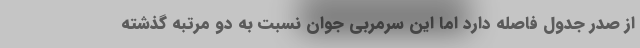
از صدر جدول فاصله دارد اما این سرمربی جوان نسبت به دو مرتبه گذشته